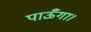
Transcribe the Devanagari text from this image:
पाऊँगा।